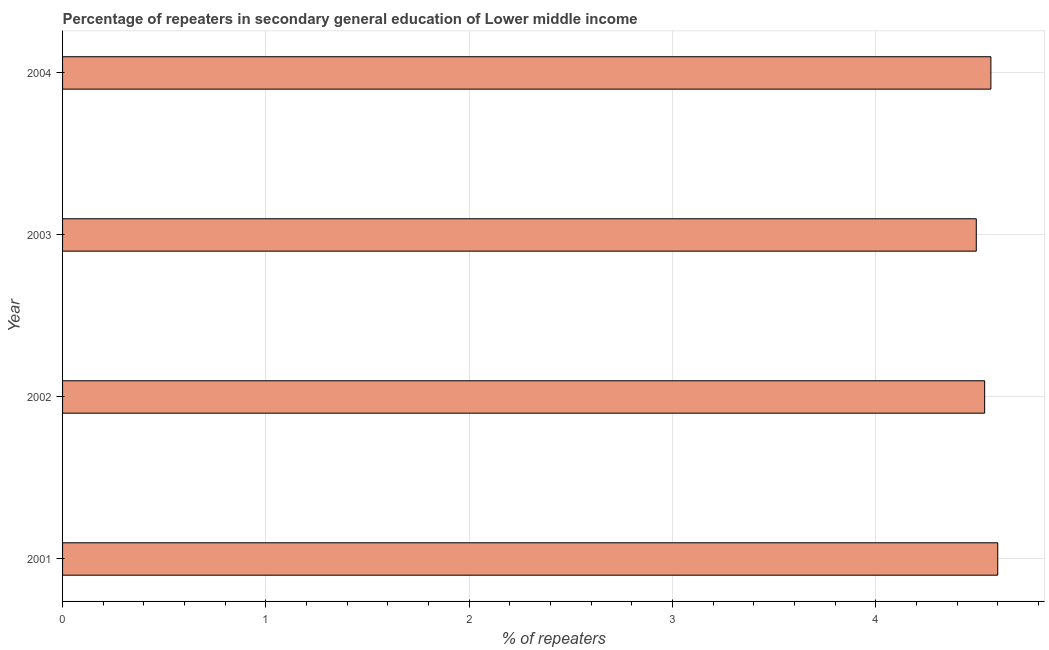
| Year | Percentage of repeaters |
 | --- | --- |
 | 2001 | 4.6 |
 | 2002 | 4.54 |
 | 2003 | 4.49 |
 | 2004 | 4.57 |